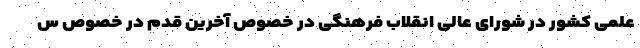
علمی کشور در شورای عالی انقلاب فرهنگی در خصوص آخرین قدم در خصوص س